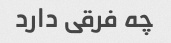
چه فرقی دارد